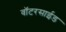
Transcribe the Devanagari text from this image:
वॉटरसाईड